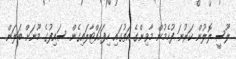
ލޫސީ ލޮލުން ކަރުނަ ފުހެމުން މާވިންގެ އަތުގައި ހިފަހައްޓާލައިގެން ސައިފުގެ މޫނަށް ބަލަން